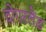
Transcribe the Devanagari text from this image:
वोगरलैंड